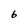
Character: 6